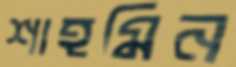
শাহমিন